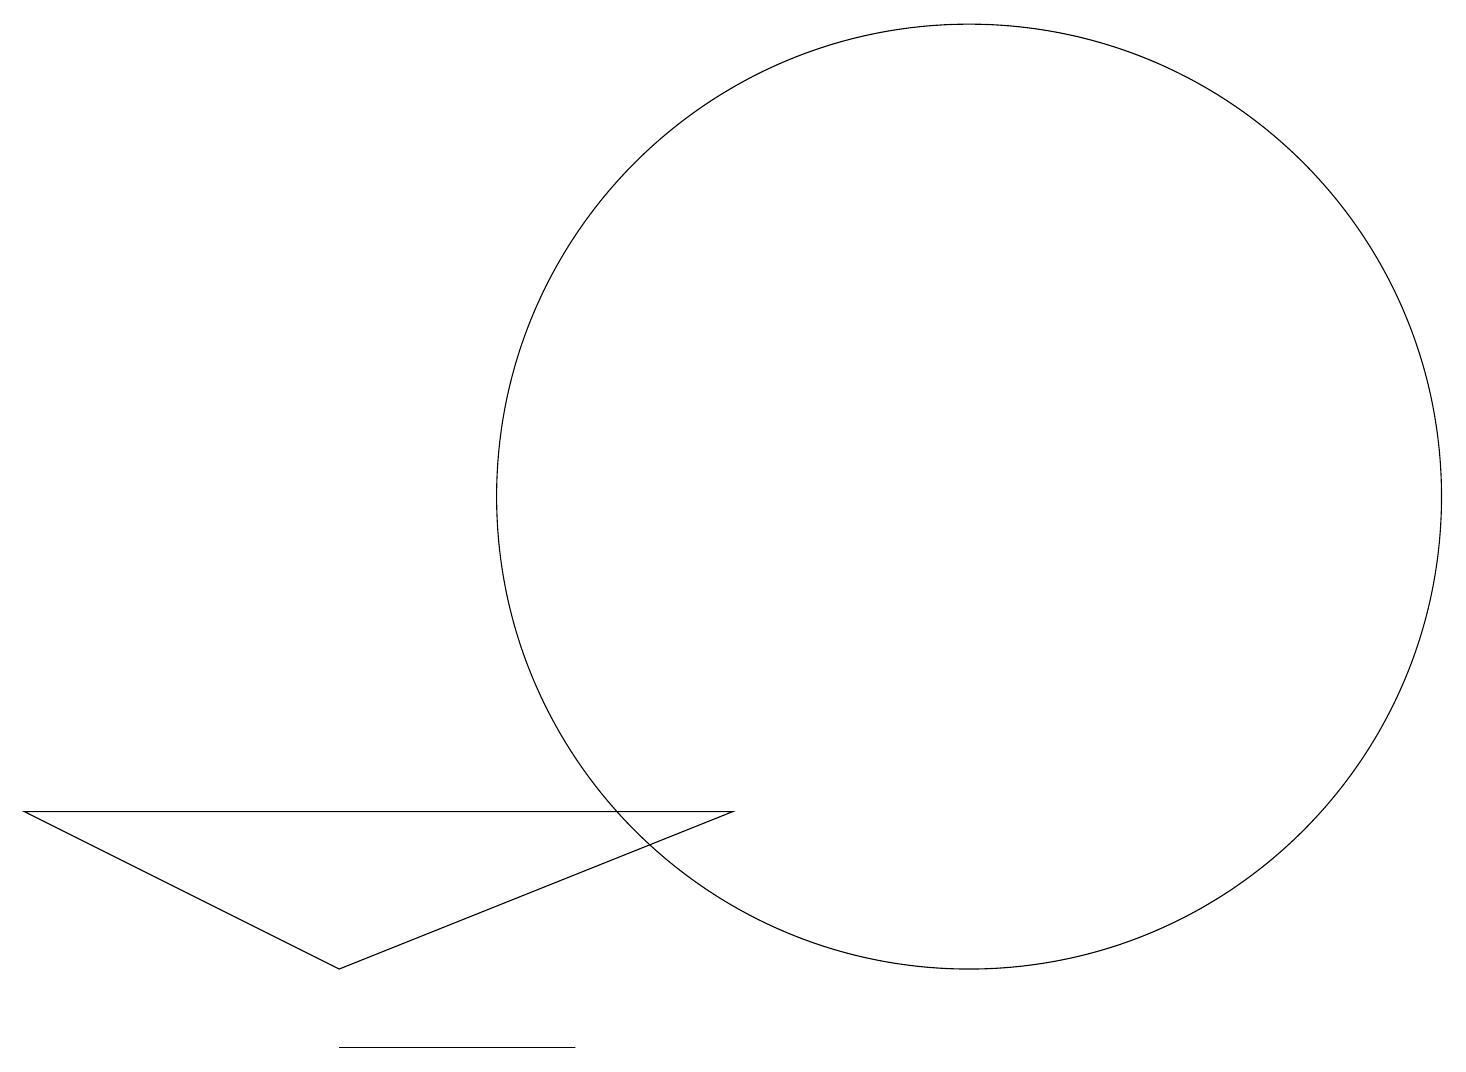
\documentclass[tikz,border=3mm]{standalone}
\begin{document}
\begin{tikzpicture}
\draw (9,6) -- (4,4) -- (0,6) -- cycle;
\draw (12,10) circle (6);
\draw (7,3) -- (4,3) -- (4,3) -- cycle;
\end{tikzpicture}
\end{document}